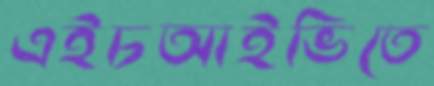
এইচআইভিতে